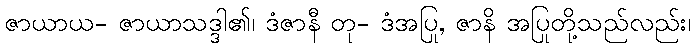
ဇာယာယ- ဇာယာသဒ္ဒါ၏၊ ဒံဇာနီ တု- ဒံအပြု, ဇာနိ အပြုတို့သည်လည်း၊